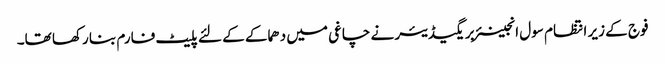
فوج کے زیر انتظام سول انجینئر بریگیڈیئر نے چاغی میں دھماکے کے لئے پلیٹ فارم بنا رکھا تھا۔